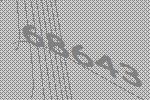
68643